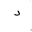
Letter: _dal